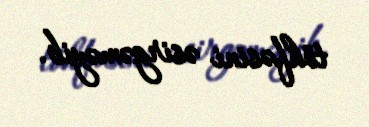
töhfəsini əsirgəməyib.